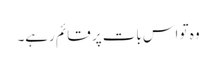
وہ تو اس بات پر قائم رہے۔